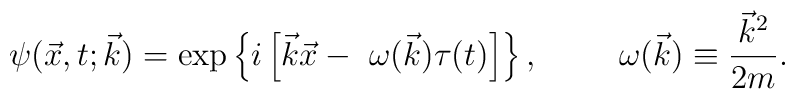
\psi( \vec x, t; \vec k ) = \exp    \left\{  i \left[\vec k \vec x - \ \omega (\vec k) \tau(t) \right]    \right\}, \hspace{1cm} \omega ( \vec k ) \equiv \frac{ {\vec k}^2 }{2 m}.